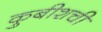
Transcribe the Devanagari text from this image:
कुबीशची